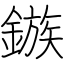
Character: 鏃